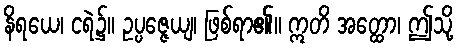
နိရယေ၊ ငရဲ၌။ ဥပ္ပဇ္ဇေယျ၊ ဖြစ်ရာ၏။ ဣတိ အတ္ထော၊ ဤသို့